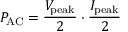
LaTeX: P _ { \mathrm { A C } } = { \frac { V _ { \mathrm { p e a k } } } { 2 } } \cdot { \frac { I _ { \mathrm { p e a k } } } { 2 } }